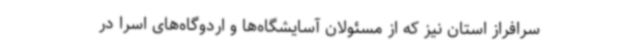
سرافراز استان نیز که از مسئولان آسایشگاه‌ها و اردوگاه‌های اسرا در